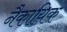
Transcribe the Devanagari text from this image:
नैकायिक